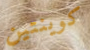
كوينتين